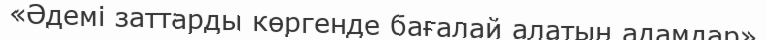
«Әдемі заттарды көргенде бағалай алатын адамдар»